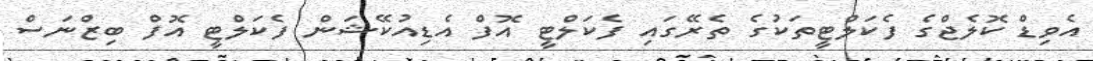
އެވިޑް ކޮލެޖްގެ ފެކަލްޓީތަކުގެ ތެރޭގައި ފެކަލްޓީ އޮފް އެޑިއުކޭޝަން ފެކަލްޓީ އޮފް ބިޒްނަސް